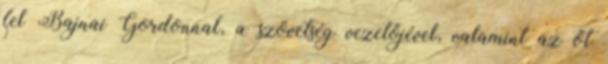
fel Bajnai Gordonnal, a szövetség vezetőjével, valamint az őt